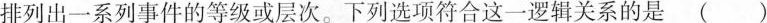
排列出一系列事件的等级或层次。下列选项符合这一逻辑关系的是()